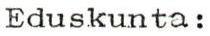
Eduskunta: